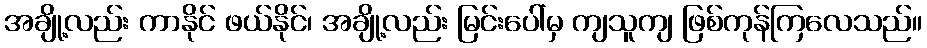
အချို့လည်း ကာနိုင် ဖယ်နိုင်၊ အချို့လည်း မြင်းပေါ်မှ ကျသူကျ ဖြစ်ကုန်ကြလေသည်။